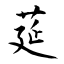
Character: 莚